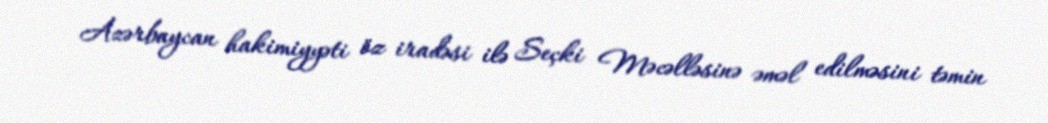
Azərbaycan hakimiyyəti öz iradəsi ilə Seçki Məcəlləsinə əməl edilməsini təmin